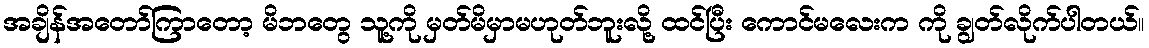
အချိန်အတော်ကြာတော့ မိဘတွေ သူ့ကို မှတ်မိမှာမဟုတ်ဘူးလို့ ထင်ပြီး ကောင်မလေးက ကို ချွတ်လိုက်ပါတယ်။